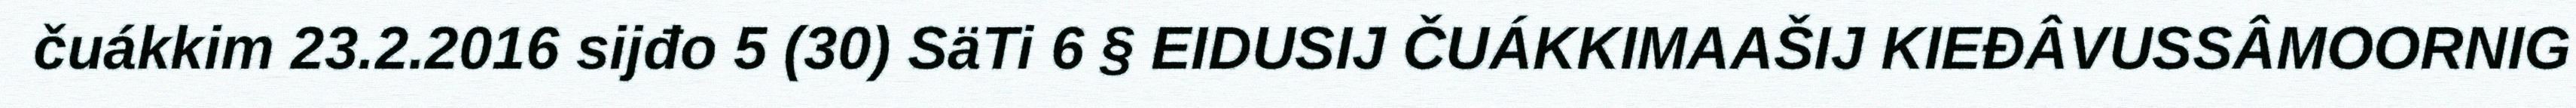
čuákkim 23.2.2016 sijđo 5 (30) SäTi 6 § EIDUSIJ ČUÁKKIMAAŠIJ KIEĐÂVUSSÂMOORNIG